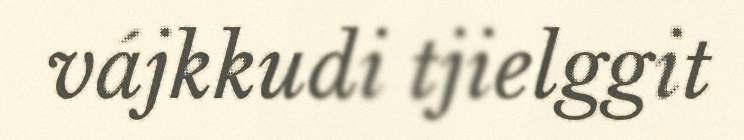
vájkkudi tjielggit